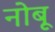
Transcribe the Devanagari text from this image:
नोबू